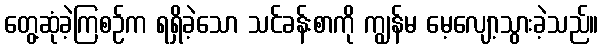
တွေ့ဆုံခဲ့ကြစဉ်က ရရှိခဲ့သော သင်ခန်းစာကို ကျွန်မ မေ့လျော့သွားခဲ့သည်။